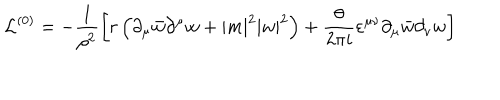
{ \cal L } ^ { ( 0 ) } = - \frac { 1 } { \rho ^ { 2 } } \left[ r \left( \partial _ { \mu } \bar { w } \partial ^ { \mu } w + | m | ^ { 2 } | w | ^ { 2 } \right) + \frac { \theta } { 2 \pi i } \varepsilon ^ { \mu \nu } \partial _ { \mu } \bar { w } \partial _ { \nu } w \right]